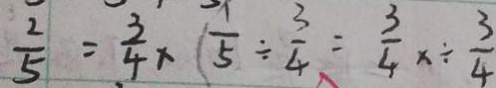
\frac { 2 } { 5 } = \frac { 3 } { 4 } \times \frac { 1 } { 5 } \div \frac { 3 } { 4 } = \frac { 3 } { 4 } x \div \frac { 3 } { 4 }